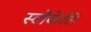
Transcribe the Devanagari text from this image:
स्टोकेलि